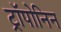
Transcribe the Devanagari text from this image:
ट्रॉपोनिन